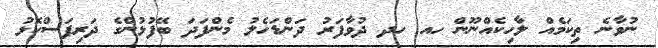
ނުވާނެ ތިކަމެއް ލާހިކެއްނޫން ހއ ހދ ދުވާފަރު ދަންޑަހެލު މެންފަދަ ބޭފުޅުންގެ ދަރިފަސްކޮޅު